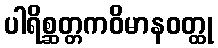
ပါရိစ္ဆတ္တကဝိမာနဝတ္ထု